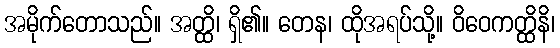
အမိုက်တောသည်။ အတ္ထိ၊ ရှိ၏။ တေန၊ ထိုအရပ်သို့။ ဝိဝေကတ္ထိနိ၊